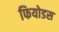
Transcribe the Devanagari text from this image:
फियोडस